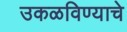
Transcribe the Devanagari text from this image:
उकळविण्याचे